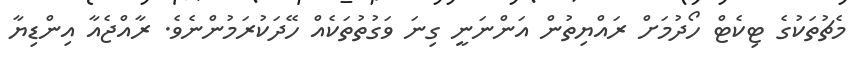
މެޗުތަކުގެ ޓިކެޓް ހޯދުމަށް ރައްޔިތުން އަންނަނީ ގިނަ ވަގުތުތަކެއް ހޭދަކުރަމުންނެވެ. ރާއްޖެއާ އިންޑިޔާ